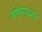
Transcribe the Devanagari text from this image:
गोपाळशेट